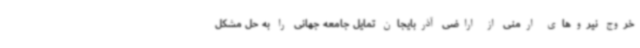
خروج نیروهای ارمنی از اراضی آذربایجان تمایل جامعه جهانی را به حل مشکل